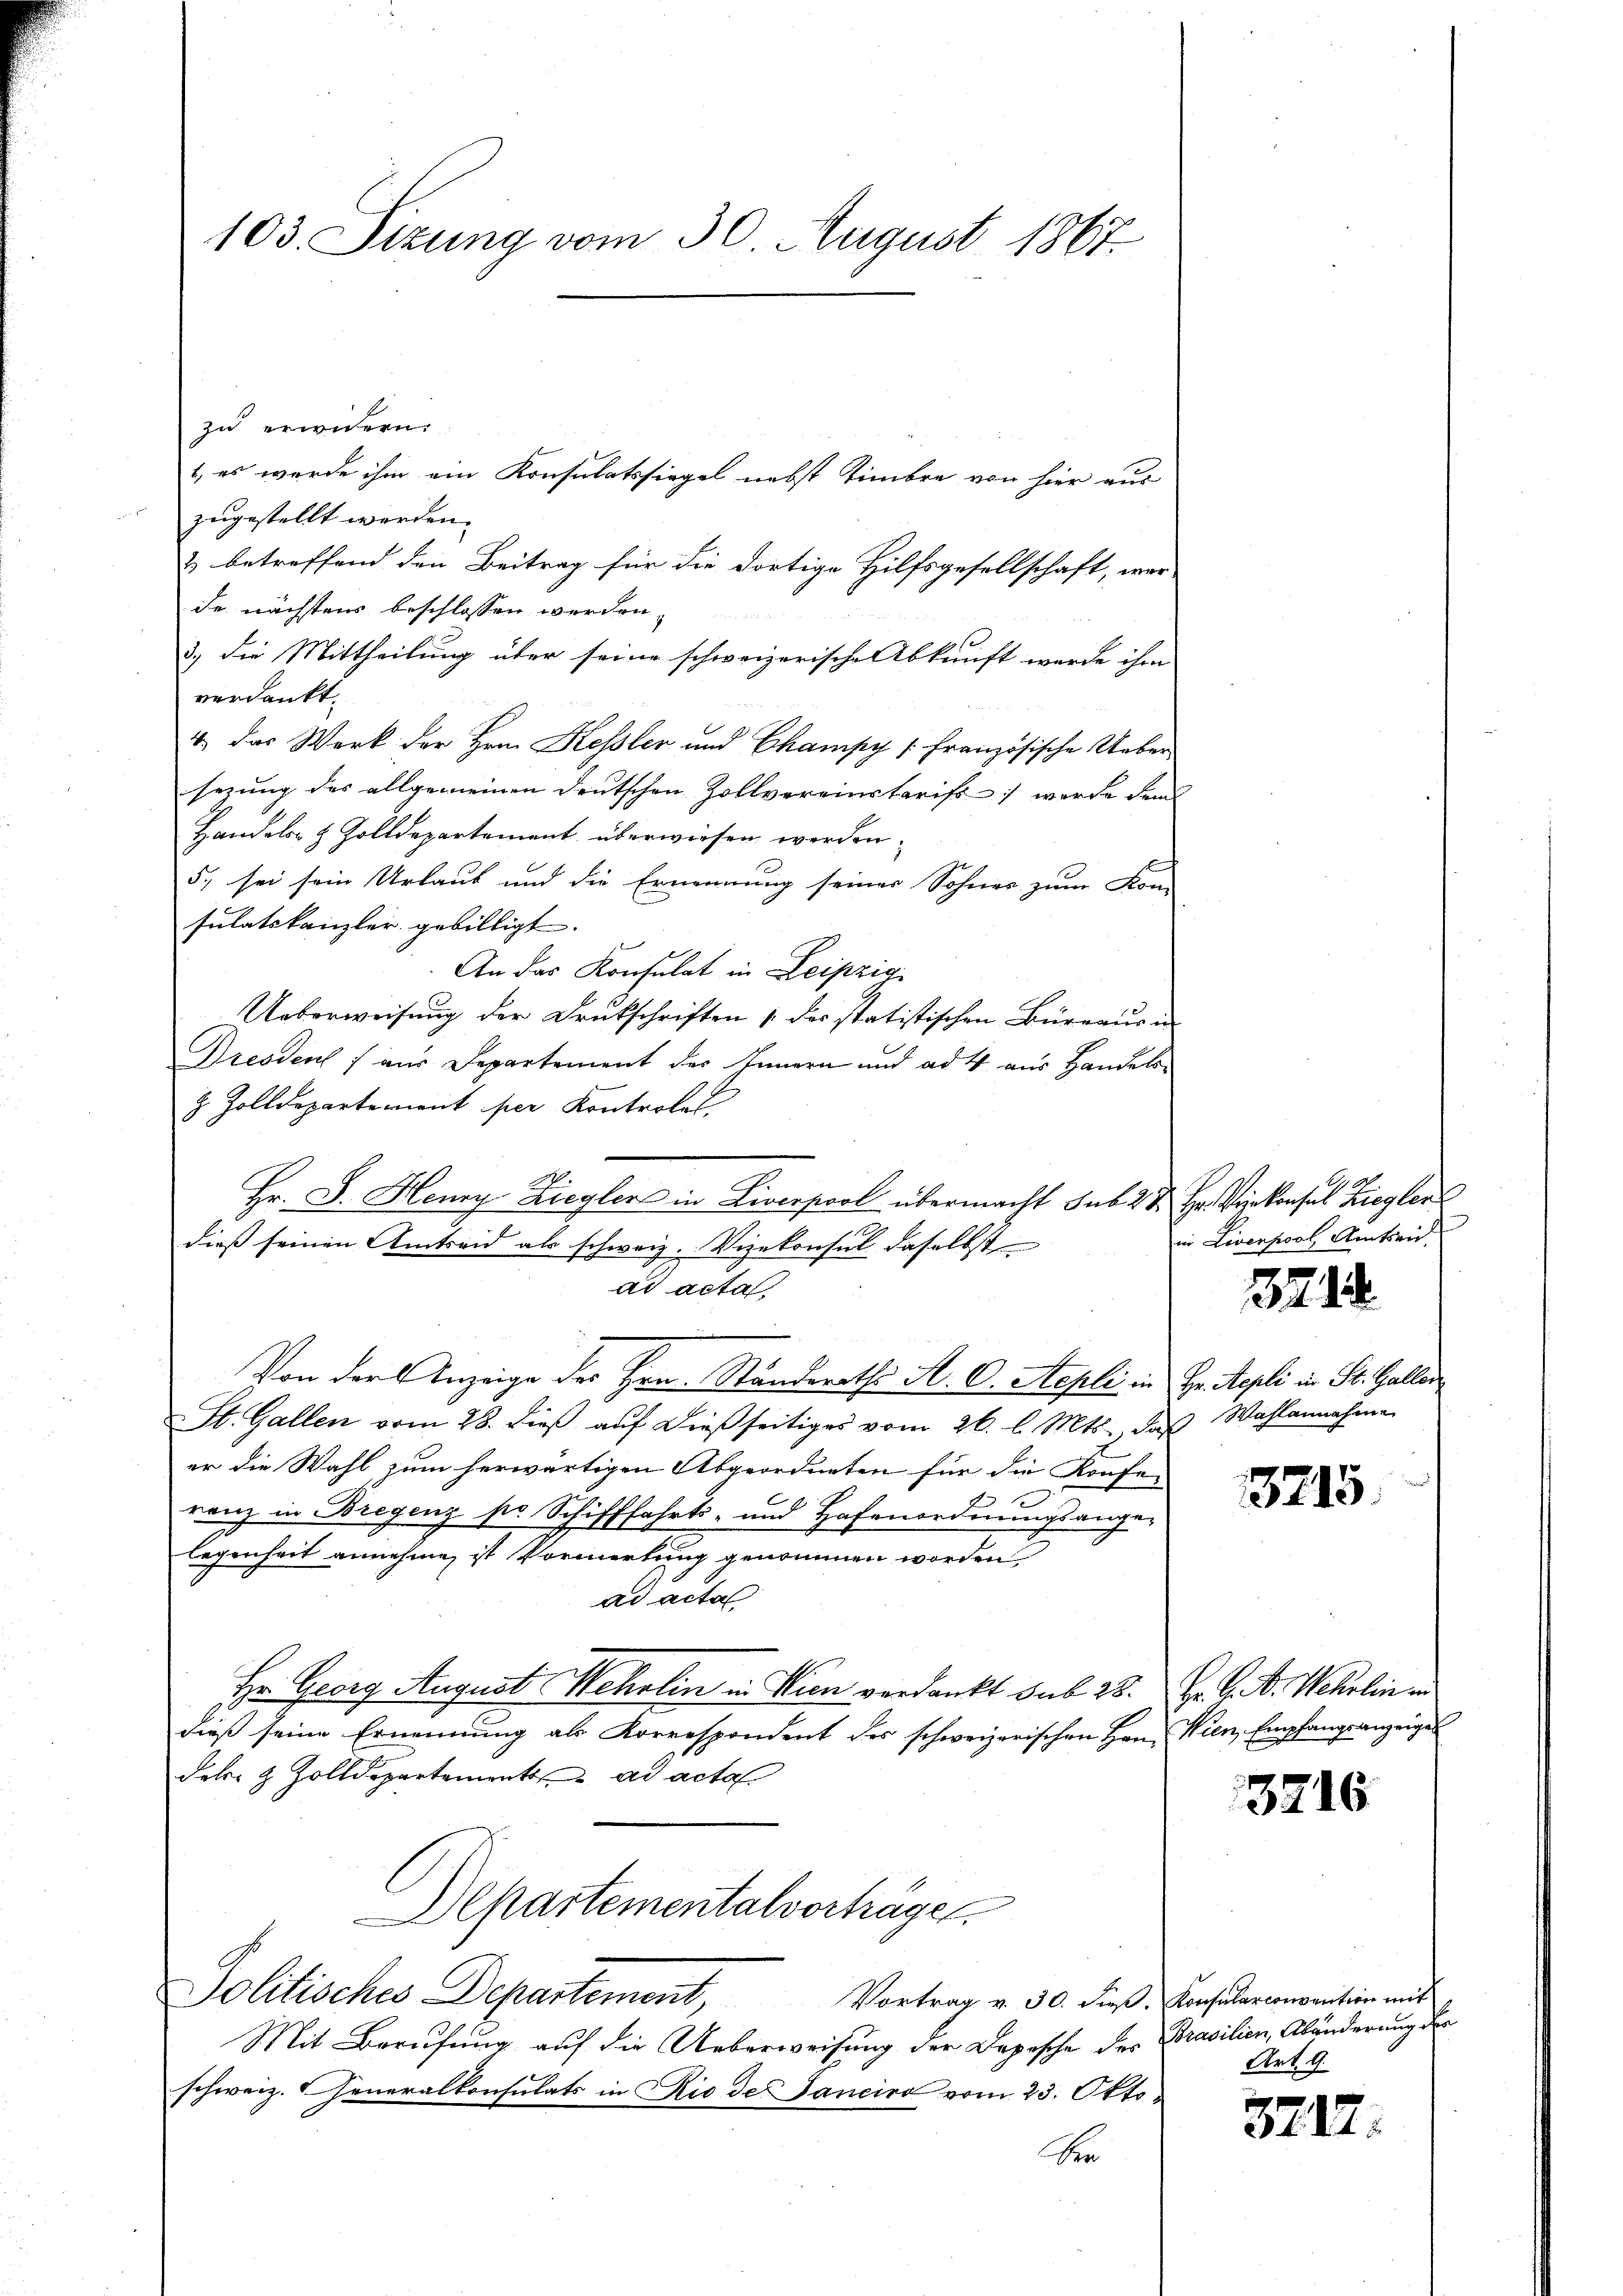
103. Sizung vom 30. August 1867.

zu erwidern.
1, es wurde ihm ein Konsulatssiegel nebst Timbre von hier aus
zugestellt werden.
& betreffend den Beitrag für die dortige Hilfsgesellschaft, wer
de nächstens beschlossen werden.
3.) Die Mittheilung über seine schweizerische Abkunft werde ihm
verdankt.
4 das Werk der Hrn. Kessler und Champy [Französische Uebersezung des allgemeinen deutschen Zollvereinstarifs, werde dem
Handels- & Zolldepartement überwiesen werden.
5. sei sein Urlaub und die Ernennung seiner Sohner zum Kon-
sulatskanzler gebilligt.
An das Konsulat in Leipzig
Ueberweisung der Drukschriften 1. des statistischen Büreaus in
Dresdent / aus Departement des Innern und ad 4 aus Handels-
& Zolldepartement per Kontrolal
dieß seinen Amtseid als schweiz. Vizekonsul daselbst |
ad acta
Von der Anzeige des Hrn. Ständeraths A. D. Repli in Hr. Repli in St. Gallen
St. Gallen vom 28. dieβ aŭf dießseitiges vom 26. l. Mts., das Wahlannahme
er die Wahl zum herwärtigen Abgeordneten für die Konfe-
ranz in Bregenz pr. Schifffahrts- und Hafenordnungsangelegenheit annehme, ist Vormerkung genommen worden
ad acta
Hr. Georg August Wehrlin in Wien verdankt sub 28. Hr. C. A. Wehrlin in
dieß seine Ernennung als Korrespondent des schweizerischen Hrn. Wien, Empfangsanzeigen
del- & Zolldepartement ad acta
Departementalvorträgen
Jolitisches Departement,
Vortrag v. 30. dieβ. Konsularconvention mit
Mit Berufung auf die Ueberweisung der Depesche des Brasilien, Abänderung der
schweiz. Generalkonsulats in Rio de Janeiro vom 23. Oktoher

Hr. F. Henry Ziegler in Liverpool übermacht sub. 2 u. Hr. Verkonsul Ziegler

in Liverpool Amtsrie

378

3215.

3716

Art. 9.

3717.